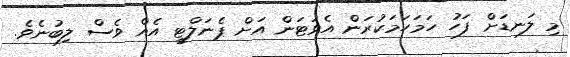
މި ލަނޑަށް ފަހު ހަމަހަމަކުރަން އެވަޓަން އަށް ޕެނަލްޓީ އެއް ވެސް ލިބުނެވެ.